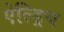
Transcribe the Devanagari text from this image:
ऐल्ड्रिच